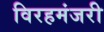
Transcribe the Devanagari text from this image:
विरहमंजरी